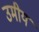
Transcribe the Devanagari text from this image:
उमीय